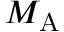
{ M _ { \mathrm { A } } }